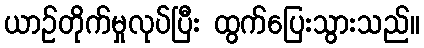
ယာဉ်တိုက်မှုလုပ်ပြီး ထွက်ပြေးသွားသည်။